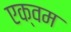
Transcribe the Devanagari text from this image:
एक्वम